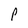
Character: P